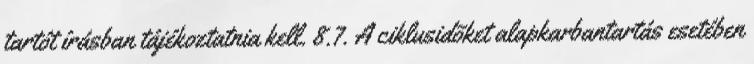
tartót írásban tájékoztatnia kell. 8.7. A ciklusidõket alapkarbantartás esetében